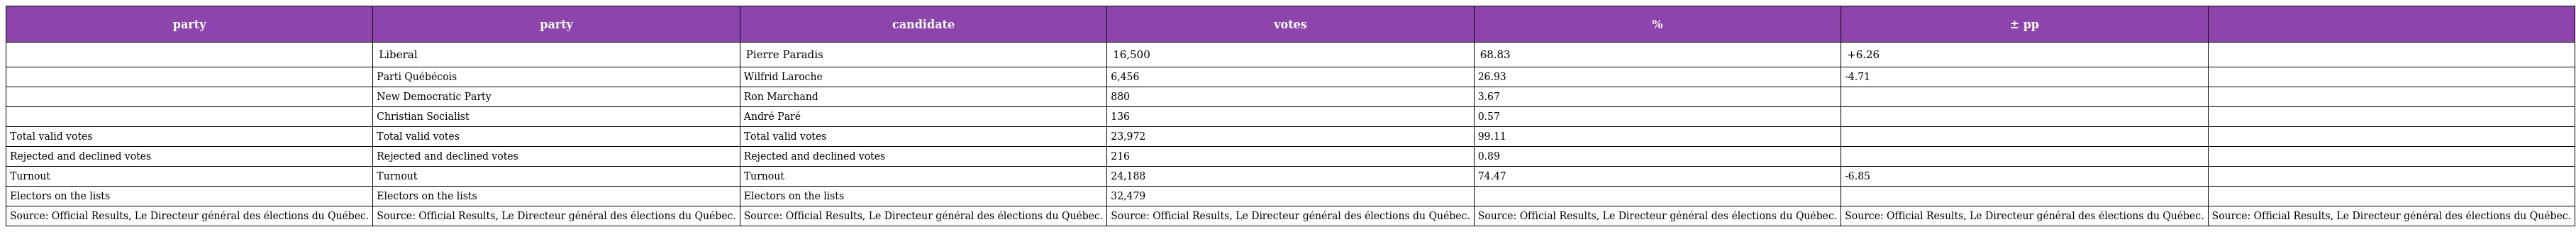
| party | party | candidate | votes | % | ± pp |  |
 | --- | --- | --- | --- | --- | --- | --- |
 |  | Liberal | Pierre Paradis | 16,500 | 68.83 | +6.26 |  |
 |  | Parti Québécois | Wilfrid Laroche | 6,456 | 26.93 | -4.71 |  |
 |  | New Democratic Party | Ron Marchand | 880 | 3.67 |  |  |
 |  | Christian Socialist | André Paré | 136 | 0.57 |  |  |
 | Total valid votes | Total valid votes | Total valid votes | 23,972 | 99.11 |  |  |
 | Rejected and declined votes | Rejected and declined votes | Rejected and declined votes | 216 | 0.89 |  |  |
 | Turnout | Turnout | Turnout | 24,188 | 74.47 | -6.85 |  |
 | Electors on the lists | Electors on the lists | Electors on the lists | 32,479 |  |  |  |
 | Source: Official Results, Le Directeur général des élections du Québec. | Source: Official Results, Le Directeur général des élections du Québec. | Source: Official Results, Le Directeur général des élections du Québec. | Source: Official Results, Le Directeur général des élections du Québec. | Source: Official Results, Le Directeur général des élections du Québec. | Source: Official Results, Le Directeur général des élections du Québec. | Source: Official Results, Le Directeur général des élections du Québec. |